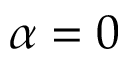
\alpha = 0